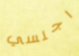
اجلسي